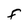
Character: F